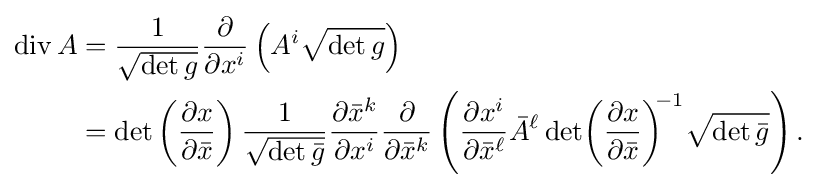
{\begin{aligned}\operatorname {div} A&={\frac {1}{\sqrt {\det g}}}{\frac {\partial }{\partial x^{i}}}\left(A^{i}{\sqrt {\det g}}\right)\\&=\det \left({\frac {\partial x}{\partial {\bar {x}}}}\right){\frac {1}{\sqrt {\det {\bar {g}}}}}{\frac {\partial {\bar {x}}^{k}}{\partial x^{i}}}{\frac {\partial }{\partial {\bar {x}}^{k}}}\left({\frac {\partial x^{i}}{\partial {\bar {x}}^{\ell }}}{\bar {A}}^{\ell }\det \!\left({\frac {\partial x}{\partial {\bar {x}}}}\right)^{\!\!-1}\!{\sqrt {\det {\bar {g}}}}\right).\end{aligned}}